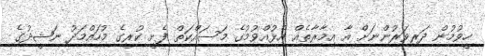
ހީވުމުން ދަރިވަރުންނަށް އާ އިމާރާތެއް އެޅުއްވުމުގެ މަސައްކަތް ފެށީ ކުރީގެ މުހައްމަދު ނަޝީދުގެ